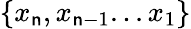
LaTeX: \{ x_{\mathsf{n}},x_{\mathsf{n}-1}...x_{1}\}